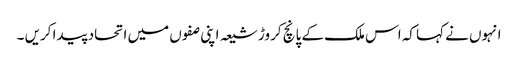
انہوں نے کہا کہ اس ملک کے پانچ کروڑ شیعہ اپنی صفوں میں اتحاد پیدا کریں ۔